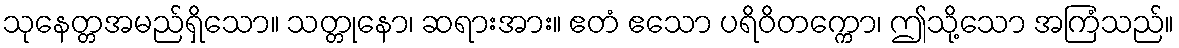
သုနေတ္တအမည်ရှိသော။ သတ္တုနော၊ ဆရားအား။ ဧတံ ဧသော ပရိဝိတက္ကော၊ ဤသို့သော အကြံသည်။